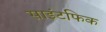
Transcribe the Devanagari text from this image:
साइंटफिक